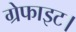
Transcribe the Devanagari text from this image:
ग्रेफाइट।